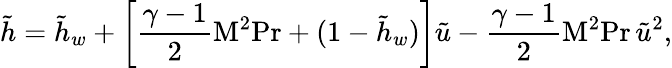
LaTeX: {\tilde{h}}={\tilde{h}}_{w}+\left[{\frac{\gamma-1}{2}}\mathrm{M}^{2}\mathrm{Pr}+(1-{\tilde{h}}_{w})\right]{\tilde{u}}-{\frac{\gamma-1}{2}}\mathrm{M}^{2}\mathrm{Pr}\, {\tilde{u}}^{2},